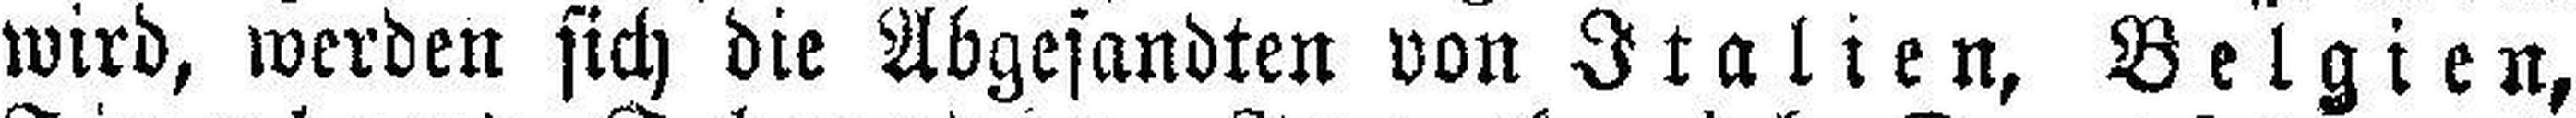
wird, werden sich die Abgesandten von Italien, Belgien,